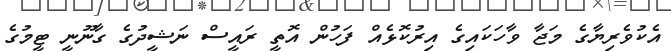
އެކުވެރިޔާގެ މަޖާ ވާހަކައިގެ އިރުކޮޅެއް ފަހުން އޮތީ ރައީސް ނަޝީދުގެ ގާނޫނީ ޓީމުގެ